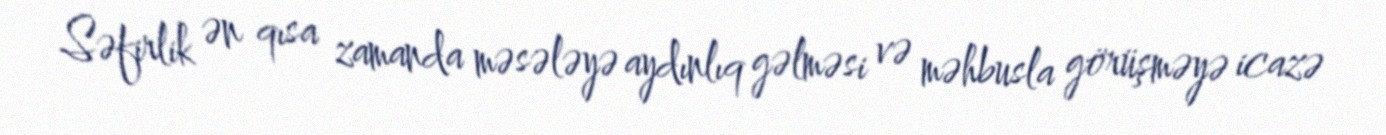
Səfirlik ən qısa zamanda məsələyə aydınlıq gəlməsi və məhbusla görüşməyə icazə